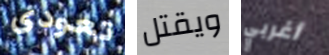
تعودى ويقتل أغربي